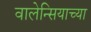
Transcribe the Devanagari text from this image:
वालेन्सियाच्या